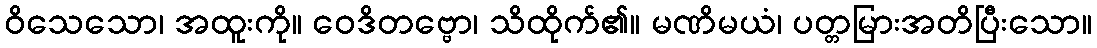
ဝိသေသော၊ အထူးကို။ ဝေဒိတဗ္ဗော၊ သိထိုက်၏။ မဏိမယံ၊ ပတ္တမြားအတိပြီးသော။